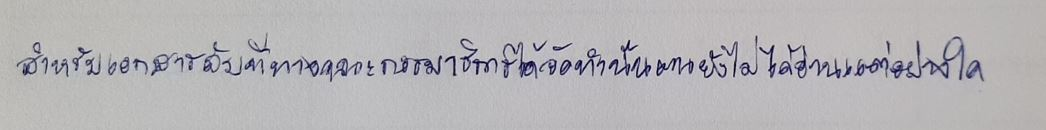
สำหรับเอกสารลับที่ทางคณะกรรมาธิการได้จัดทำนั้นตนยังไม่ได้อ่านแต่อย่างใด